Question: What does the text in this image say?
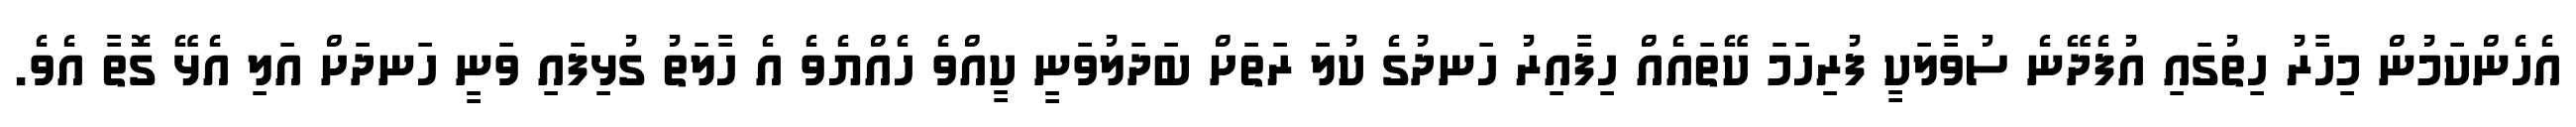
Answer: އެހެންކަމުން މިހާރު ހިތުގައި އުފެދޭނެ ސުވާލަކީ ފުރިހަމަ ކޭތައެއް ހިފާއިރު ހަނދުގެ ކުލަ ރަތަށް ބަދަލުވަނީ ކީއްވެ ހެއްޔެވެ އެ ހާލަތު ގުޅިފައި ވަނީ ހަނދަށް އަލި އެޅޭ ގޮތާ އެވެ.